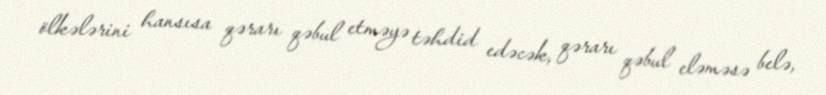
ölkələrini hansısa qərarı qəbul etməyə təhdid edəcək, qərarı qəbul eləməsə belə,